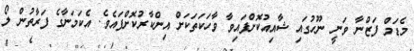
މެޑަމް ފަޒްނާ ވަނީ ނޫހުގައި ޝާއިއުކޮށްފައިވާ ވާހަކަތަކަށް އިންކާރުކޮށްފައެވެ. އެކަމަނާގެ ފަރާތުން ލޯ